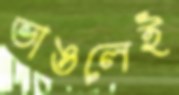
ভাঙলেই